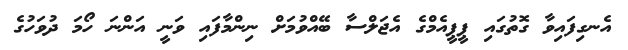
އެނގިފައިވާ ގޮތުގައި ޕީޕީއެމްގެ އެޖަލްސާ ބޭއްވުމަށް ނިންމާފައި ވަނީ އަންނަ ހޯމަ ދުވަހުގެ